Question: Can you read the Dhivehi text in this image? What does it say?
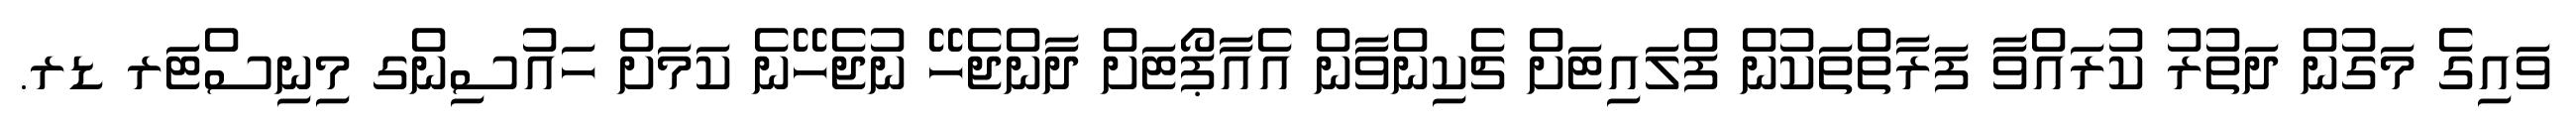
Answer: ވައިގެ މަގުން ދަތުރު ކުރައްވާ ފަރާތްތަކުން ފްލައިޓަށް ޗެކިންވާން އެއާޕޯޓަށް ދާންޖެހޭ ނުޖެހޭނެ ކަމަށް ހައުސިންގ މިނިސްޓަރ ޑރ.